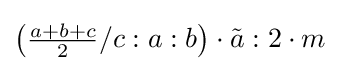
\left({\tfrac {a+b+c}{2}}/c:a:b\right)\cdot {\tilde {a}}:2\cdot m